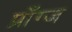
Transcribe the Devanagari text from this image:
प्राँग्ज